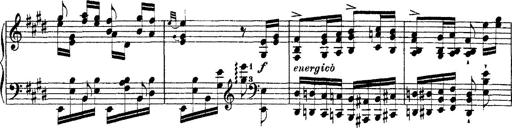
Title: Ã‰tudes d'exÃ©cution transcendante d'aprÃ¨s Paganini
Composer: Franz Liszt